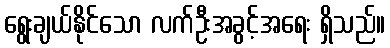
ရွေးချယ်နိုင်သော လက်ဦးအခွင့်အရေး ရှိသည်။